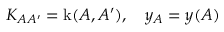
K _ { A A ^ { \prime } } = \operatorname { k } ( A , A ^ { \prime } ) , \quad y _ { A } = y ( A )